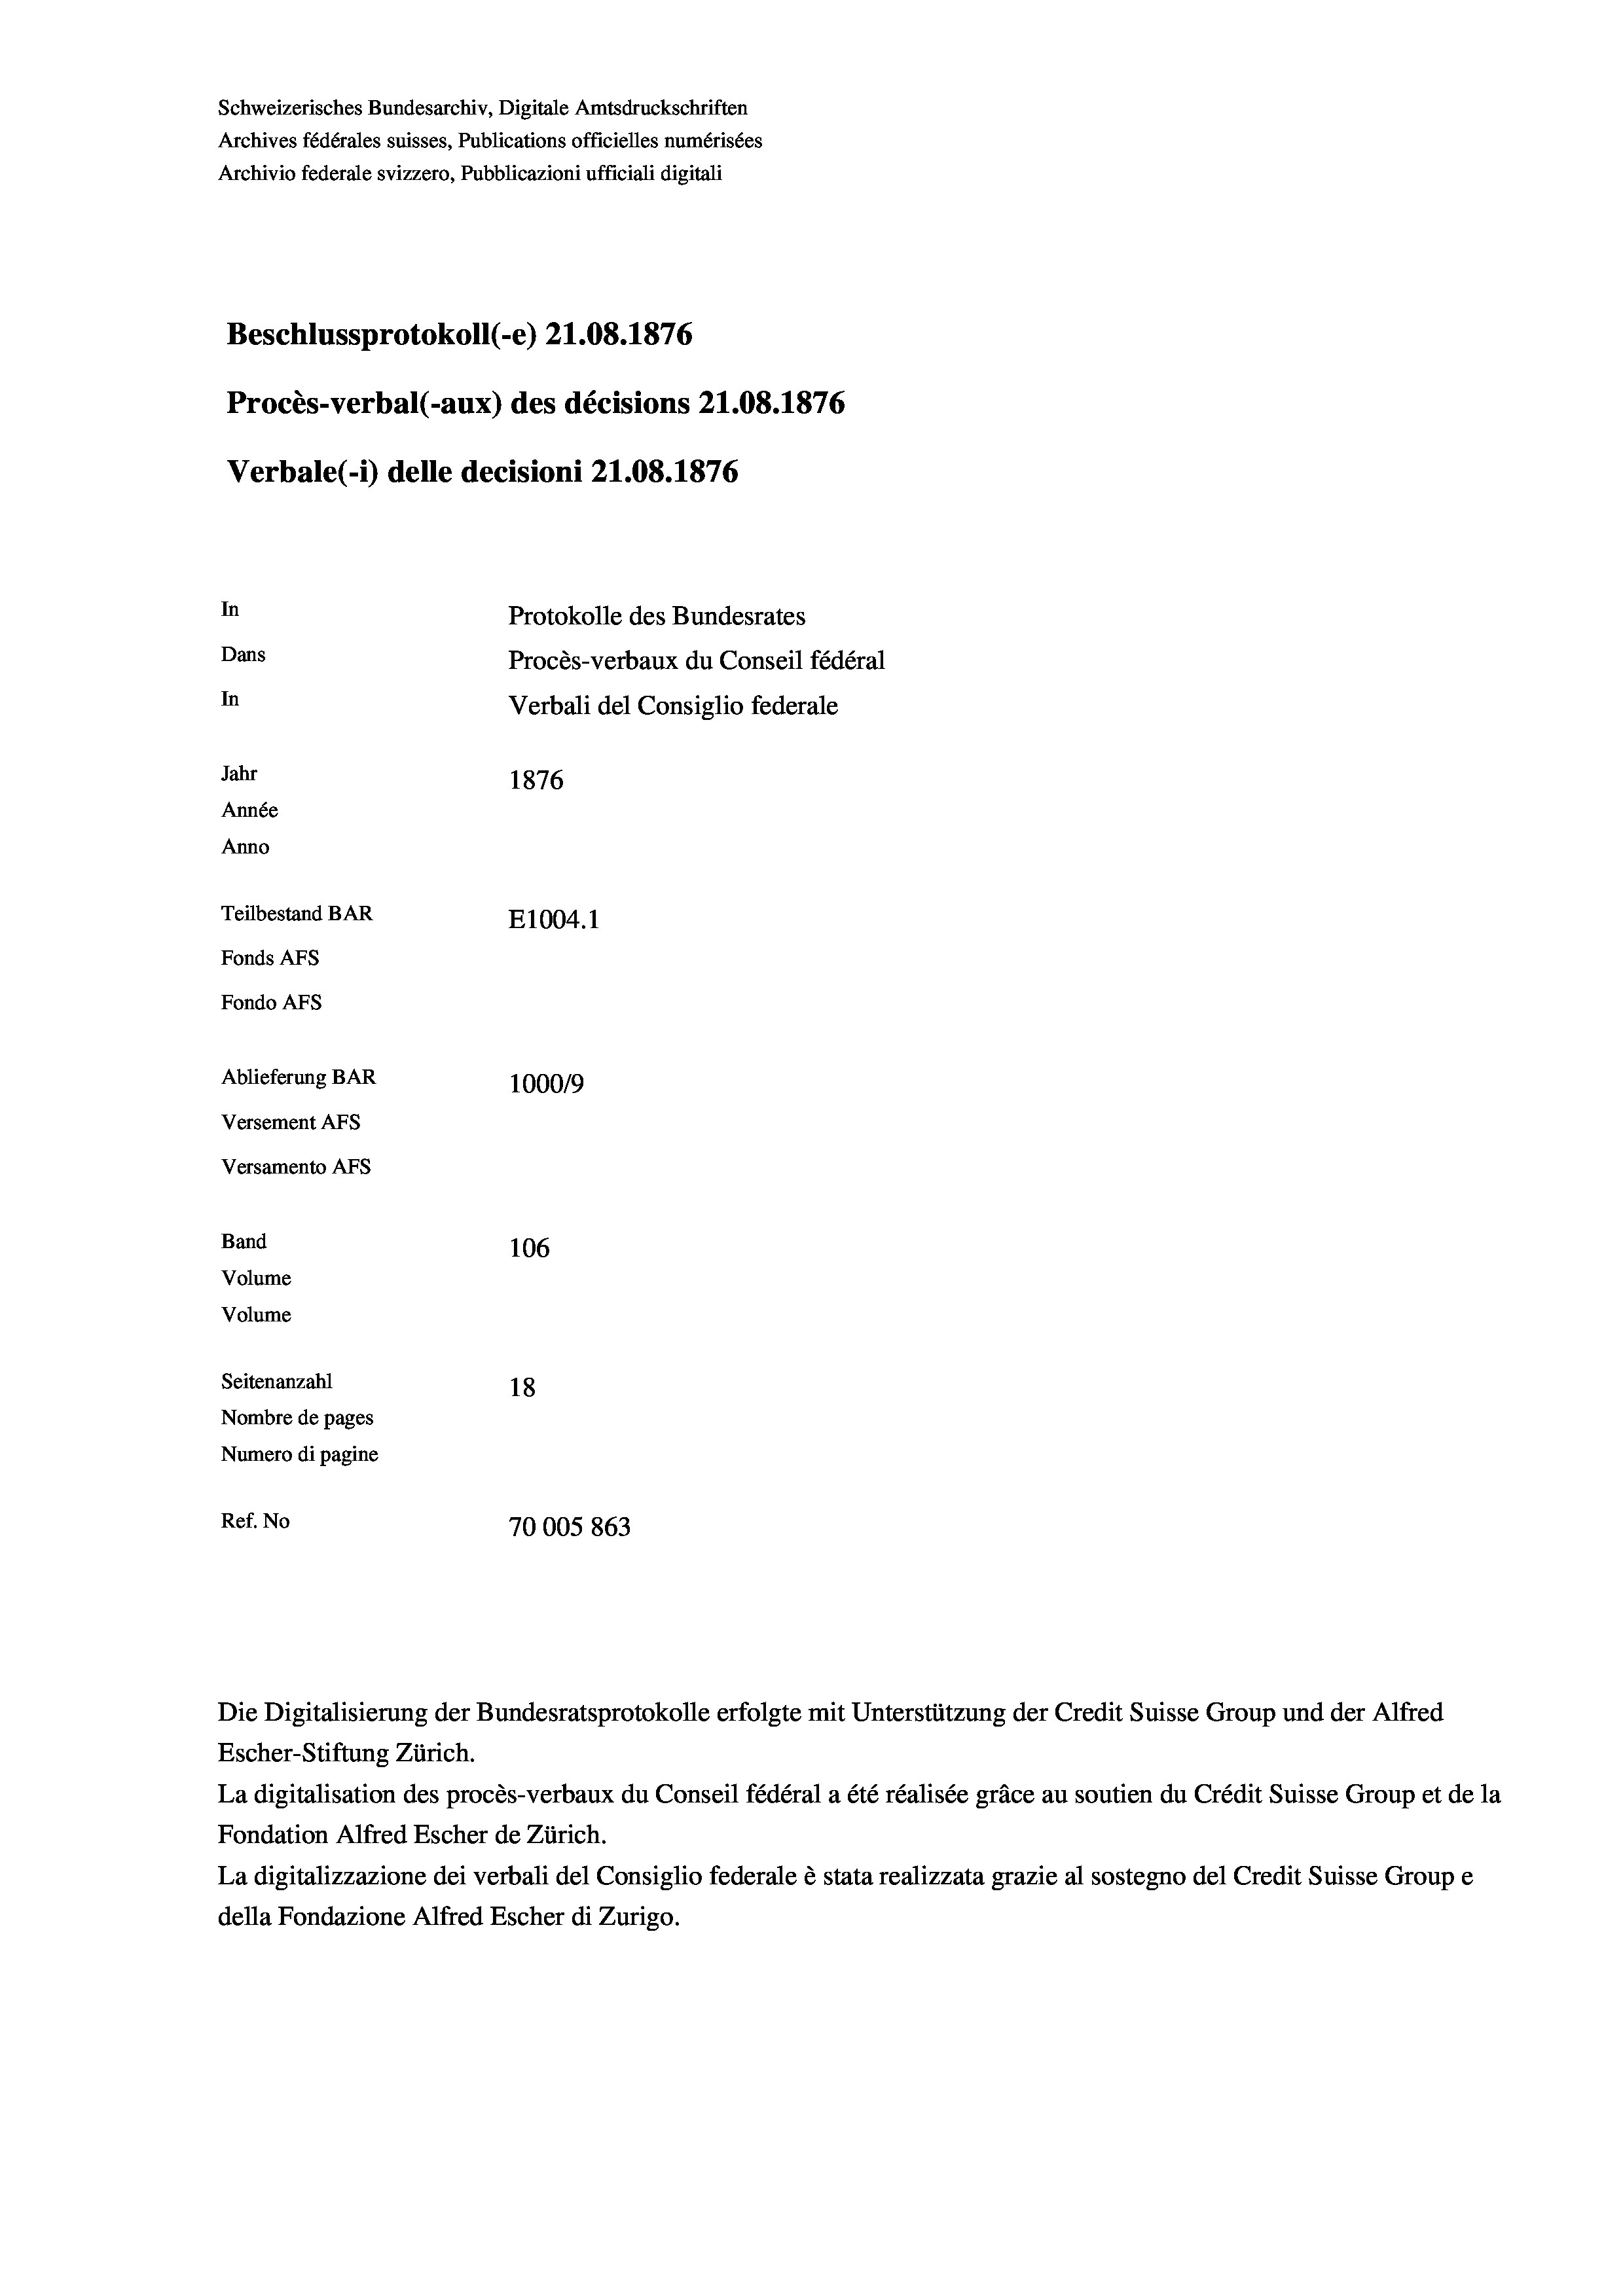
Archives fédérales suisses, Publications officielles numérisées
Archivio federale svizzero, Pubblicazioni ufficiali digitali

Beschlussprotokoll (-e) 21.08. 1876
Procès-verbal (-aux) des décisions 21.08. 1876
Verbale (1) delle decisioni 21.08. 1876

Versamento AFS
Band
Volume
Volume

Schweizerisches Bundesarchiv, Digitale Amtsdruckschriften

In
Dans
In
Jahr
1876
Année
Anno
Teilbestand BAR
E1004. 1
Fonds AFs
Fondo AFs
Ablieferung BAR
100019
Versement AFS

106
Seitenanzahl
18
Nombre de pages
Numero di pagine
Ref. No
70005 863

Protokolle des Bundesrates
Procès-verbaux du Conseil fédéral
Verbali del Consiglio federale

Die Digitalisierung der Bundesratsprotokolle erfolgte mit Unterstützung der Credit Suisse Group und der Alfred
Escher-Stiftung Zürich.
La digitalisation des procès-verbaux du Conseil fédéral a été réalisée gräce au soutien du Crédit Suisse Group et de la
Fondation Alfred Escher de Zürich.
La digitalizzazione dei verbali del Consiglio federale è stata realizzata grazie al sostegno del Credit Suisse Groupe
della Fondazione Alfred Escher di Zurigo.